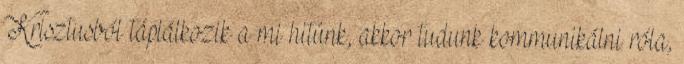
Krisztusból táplálkozik a mi hitünk, akkor tudunk kommunikálni róla,